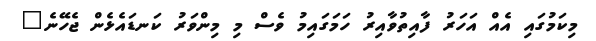
މިކަމުގައި އެއް އަހަރު ފާއިތުވާއިރު ހަމަގައިމު ވެސް މި މިންވަރު ކަނޑައެޅެން ޖެހޭނެ"